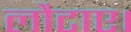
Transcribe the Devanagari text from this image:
लौटाए।